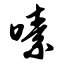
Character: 嗉